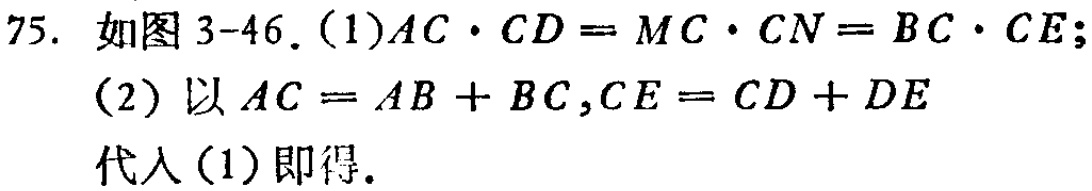
75. 如图3-46. (1)$AC\cdot CD = MC\cdot CN = BC\cdot CE$;
(2) 以$AC = AB + BC,CE = CD + DE$
代入(1) 即得.